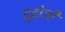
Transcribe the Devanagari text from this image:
दुदोजी